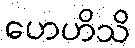
ဟေဟိသိ